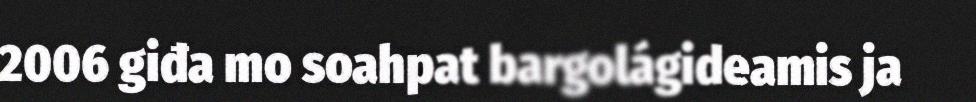
2006 giđa mo soahpat bargolágideamis ja